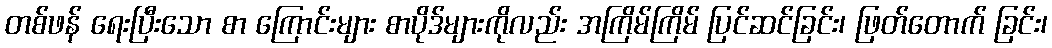
တစ်ဖန် ရေးပြီးသော စာ ကြောင်းများ စာပိုဒ်များကိုလည်း အကြိမ်ကြိမ် ပြင်ဆင်ခြင်း၊ ဖြတ်တောက် ခြင်း၊